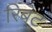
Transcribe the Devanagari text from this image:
रिबट